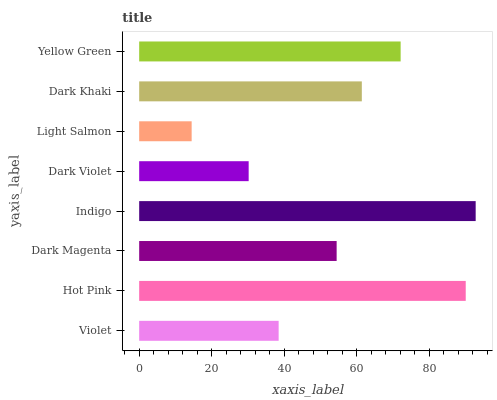
| yaxis_label | bars |
 | --- | --- |
 | Violet | 38.5 |
 | Hot Pink | 90.1 |
 | Dark Magenta | 54.5 |
 | Indigo | 92.9 |
 | Dark Violet | 30.2 |
 | Light Salmon | 14.5 |
 | Dark Khaki | 61.4 |
 | Yellow Green | 72.2 |